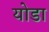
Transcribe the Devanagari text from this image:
योडा